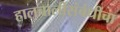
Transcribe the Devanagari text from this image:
हालचालींसंबंधीचा